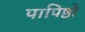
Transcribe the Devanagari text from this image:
पापिष्ठो